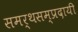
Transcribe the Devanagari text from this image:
समर्थसम्प्रदायी